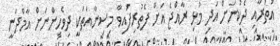
އުތުރާއި ދެކުނަށް އަދި މުޅި ރާއްޖެ އަށް ފެތުރިފައިވާ މިސިނާއަތަކީ ދިވެހިިންނަށް އާމްދަނީ